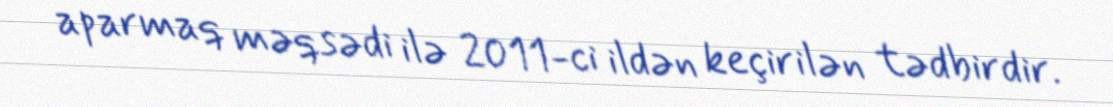
aparmaq məqsədi ilə 2011-ci ildən keçirilən tədbirdir.